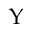
\Upsilon